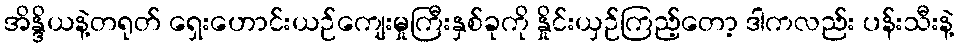
အိန္ဒိယနဲ့တရုတ် ရှေးဟောင်းယဉ်ကျေးမှုကြီးနှစ်ခုကို နှိုင်းယှဉ်ကြည့်တော့ ဒါကလည်း ပန်းသီးနဲ့